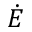
\dot { E }